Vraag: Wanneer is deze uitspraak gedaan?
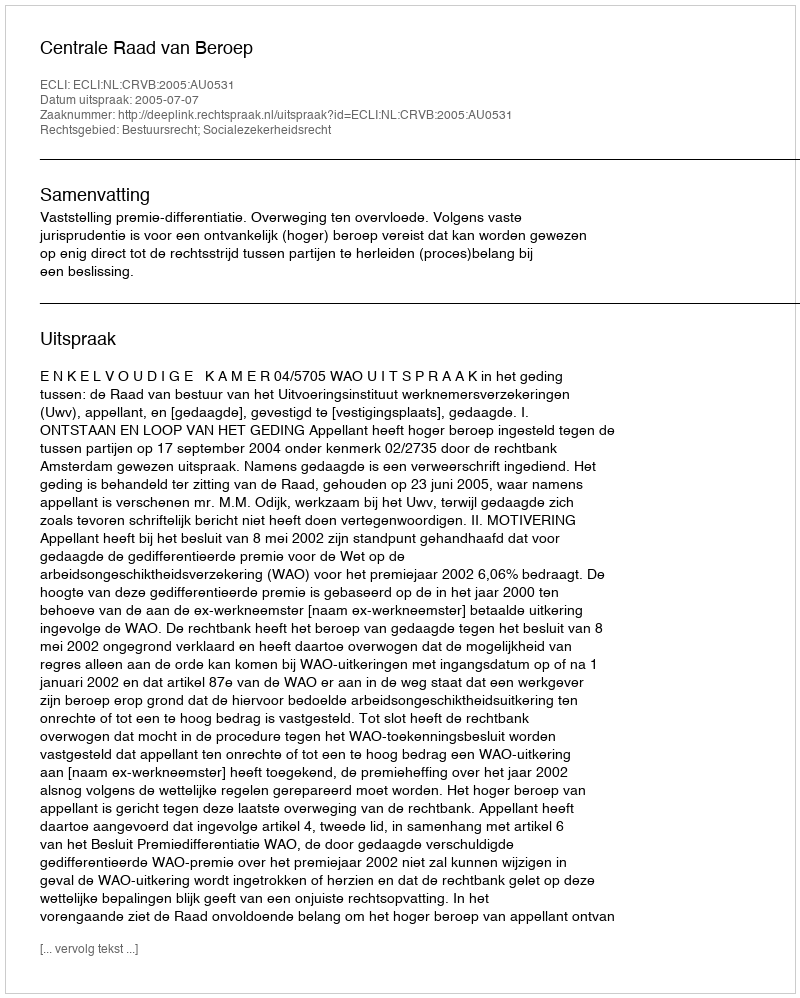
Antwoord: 2005-07-07